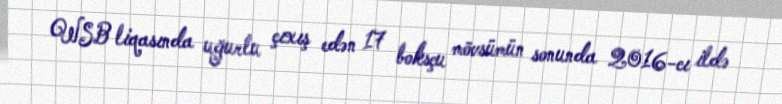
WSB liqasında uğurlu çıxış edən 17 boksçu mövsümün sonunda 2016-cı ildə